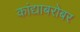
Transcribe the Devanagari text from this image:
कांद्याबरोबर